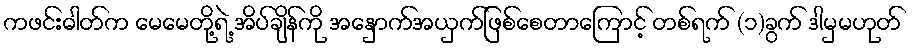
ကဖင်းဓါတ်က မေမေတို့ရဲ့ အိပ်ချိန်ကို အနှောက်အယှက်ဖြစ်စေတာကြောင့် တစ်ရက် (၁)ခွက် ဒါမှမဟုတ်